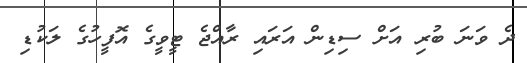
ދެ ވަނަ ބުރި އަށް ސިޑިން އަރައި ރާއްޖެ ޓީވީގެ އޮފީހުގެ ލަކުޑި